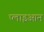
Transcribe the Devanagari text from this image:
प्लाइआन